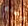
مسنة